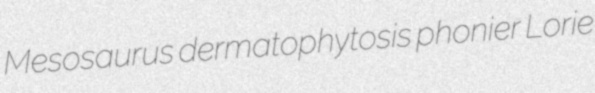
Mesosaurus dermatophytosis phonier Lorie